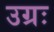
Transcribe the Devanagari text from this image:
उग्रः